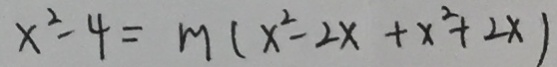
x ^ { 2 } - 4 = m ( x ^ { 2 } - 2 x + x ^ { 2 } + 2 x )